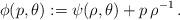
LaTeX: \begin{align*} \phi(p,\theta):= \psi(\rho, \theta) + p\, \rho^{-1}\,.\end{align*}